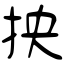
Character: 抰